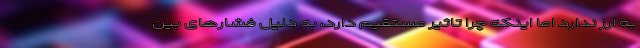
به ارز ندارد اما اینکه چرا تاثیر مستقیم دارد، به دلیل فشارهای بین